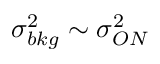
\sigma _ { b k g } ^ { 2 } \sim \sigma _ { O N } ^ { 2 }